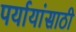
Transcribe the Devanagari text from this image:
पर्यायांसाठी